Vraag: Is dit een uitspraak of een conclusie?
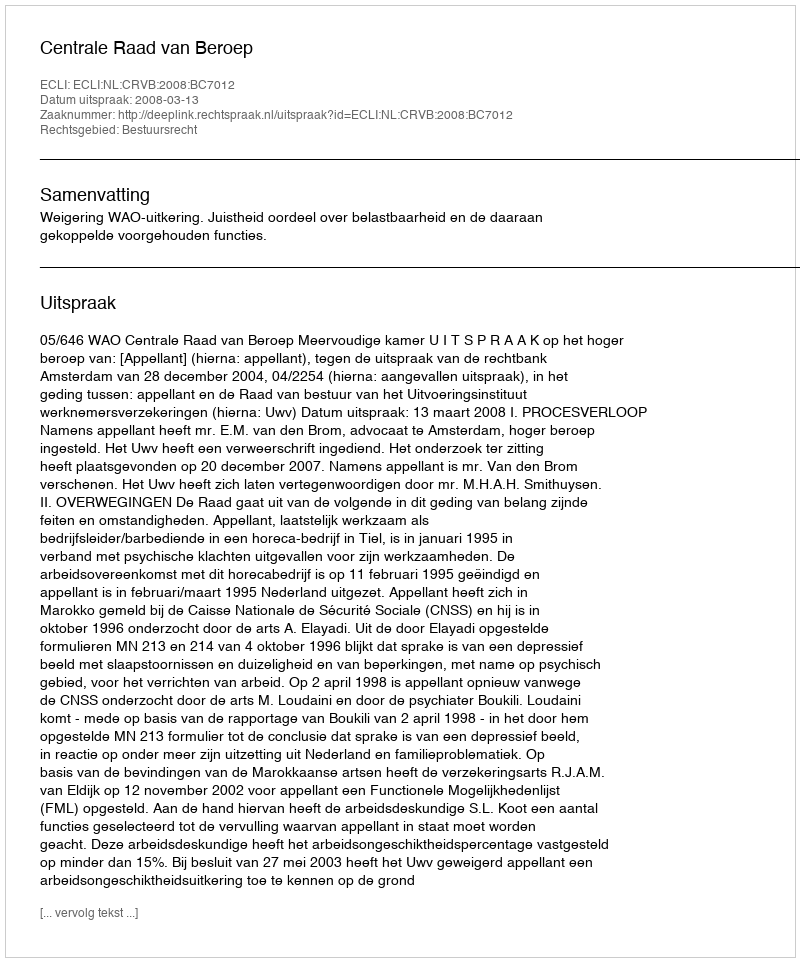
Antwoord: Uitspraak